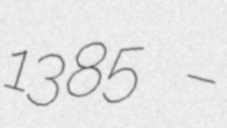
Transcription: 1385 –